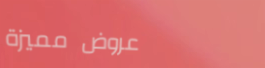
عروض مميزة